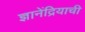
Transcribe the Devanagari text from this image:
ज्ञानेंद्रियाची